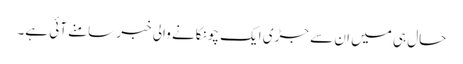
حال ہی میں ان سے جڑی ایک چونکانے والی خبر سامنے آئی ہے۔